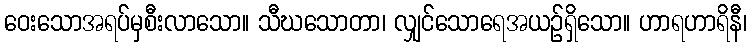
ဝေးသောအရပ်မှစီးလာသော။ သီဃသောတာ၊ လျှင်သောရေအယဉ်ရှိသော။ ဟာရဟာရိနီ၊